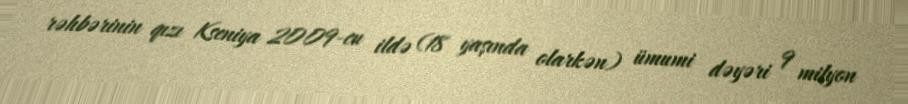
rəhbərinin qızı Kseniya 2009-cu ildə (18 yaşında olarkən) ümumi dəyəri 9 milyon